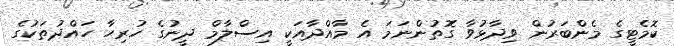
ކޮމެޓީގެ މެންބަރުން ވިދާޅުވާ ގޮތުންނަމަ އެ މާއްދާއަކީ އިސްލާމް ދީނުގެ ހުރިހާ ހައްދުތަކުގެ